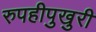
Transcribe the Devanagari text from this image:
रुपहीपुखुरी